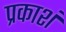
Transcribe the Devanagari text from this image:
प्रकाशं